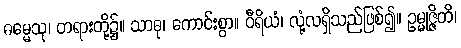
ဓမ္မေသု၊ တရားတို့၌။ သာဓု၊ ကောင်းစွာ။ ဝီရိယံ၊ လုံ့လရှိသည်ဖြစ်၍။ ဥမ္မုဇ္ဇိတိ၊